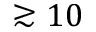
\gtrsim 1 0